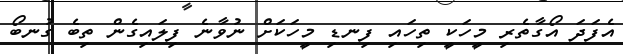
އެފަދަ އޯގާތެރި މީހަކީ ތިހައި ފިނޑި މީހަކަށް ނުވާނެ ފިލައިގެން ތިބެ ގުނބޯ